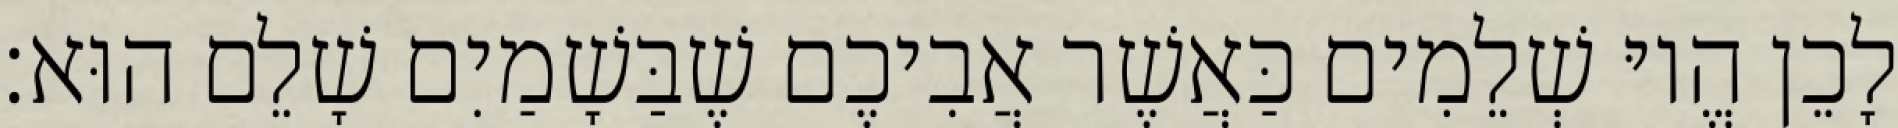
לָכֵן הֱיוּ שְׁלֵמִים כַּאֲשֶׁר אֲבִיכֶם שֶׁבַּשָׁמַיִם שָׁלֵם הוּא׃